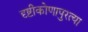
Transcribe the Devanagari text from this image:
दृष्टीकोणापुरत्या